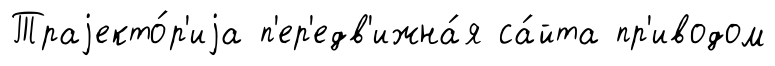
Траjекто́р'иjа п'ер'едв'ижна́я са́йта пр'иводом